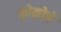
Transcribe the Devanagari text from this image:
कोकोचे